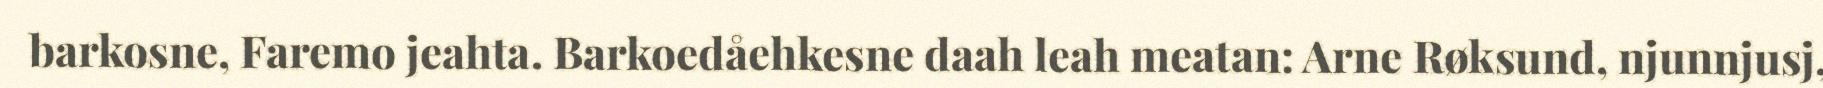
barkosne, Faremo jeahta. Barkoedåehkesne daah leah meatan: Arne Røksund, njunnjusj,